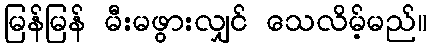
မြန်မြန် မီးမဖွားလျှင် သေလိမ့်မည်။